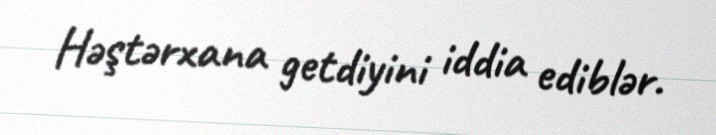
Həştərxana getdiyini iddia ediblər.